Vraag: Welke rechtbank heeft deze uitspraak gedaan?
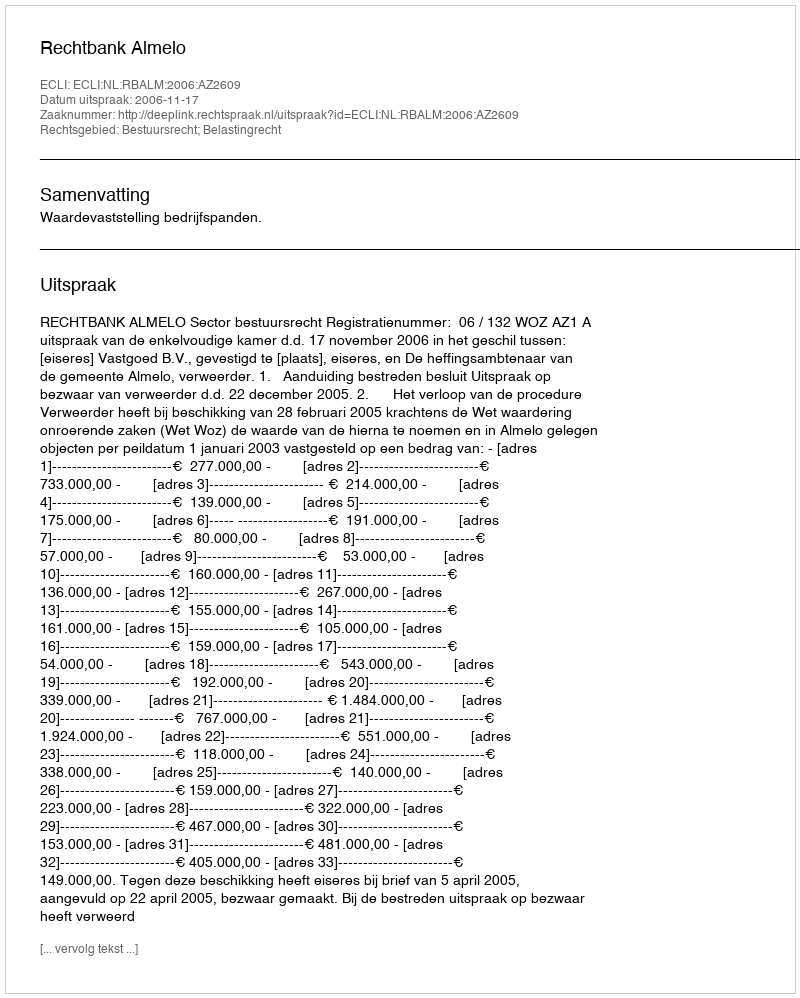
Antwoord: Rechtbank Almelo